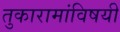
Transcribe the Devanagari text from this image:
तुकारामांविषयी